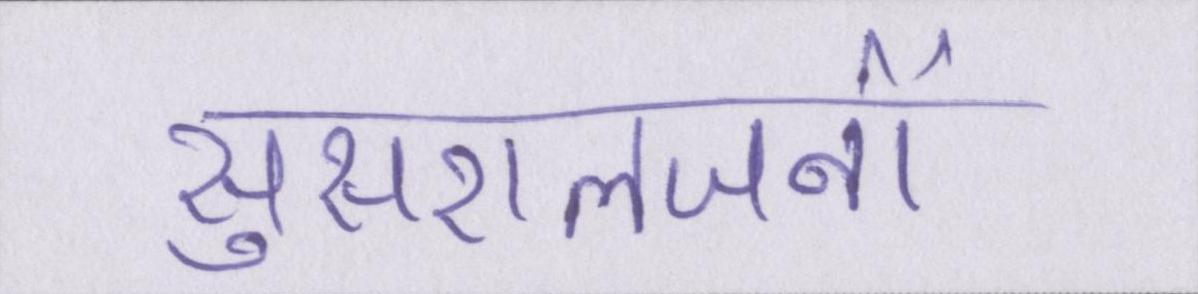
सुसरालजनों